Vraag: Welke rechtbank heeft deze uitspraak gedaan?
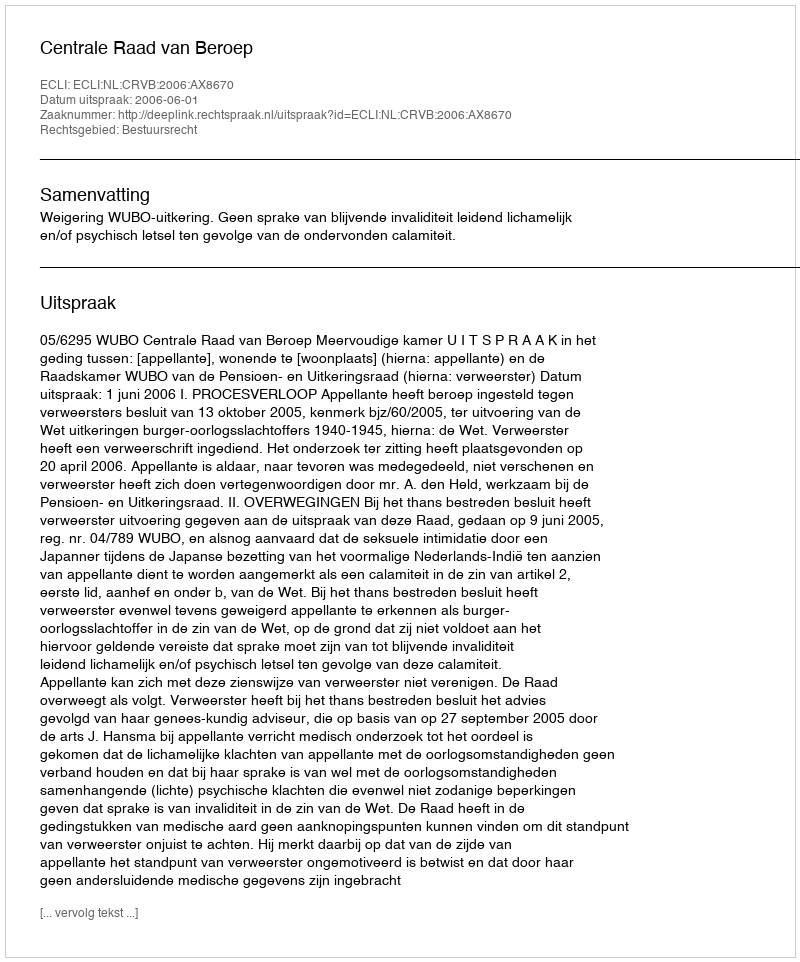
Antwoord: Centrale Raad van Beroep